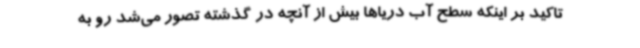
تاکید بر اینکه سطح آب دریاها بیش از آنچه در گذشته تصور می‌شد رو به